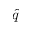
\hat { q }